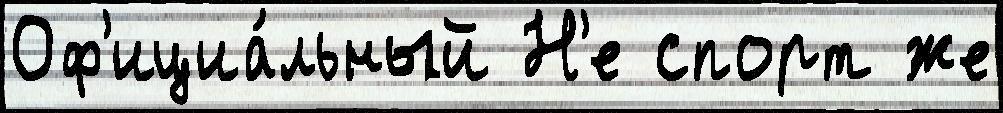
Оф'ициа́льный Н'е спорт же